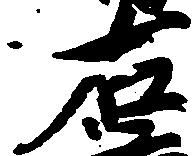
右